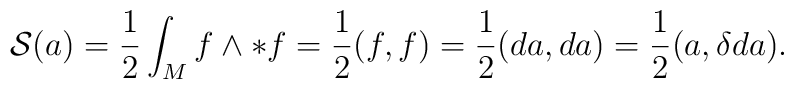
{\cal S}(a) =  \frac{1}{2} \int_{M} f \wedge *f = \frac{1}{2}(f,f) =\frac{1}{2} (da, da)   = \frac{1}{2}(a, \delta d a).